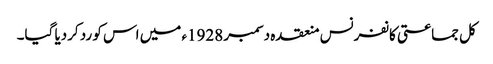
کل جماعتی کانفرنس منعقدہ دسمبر 1928ء میں اس کو رد کردیا گیا۔